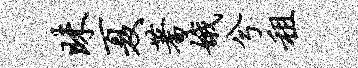
昧夏蓍娥兮租